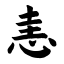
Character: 恚